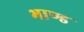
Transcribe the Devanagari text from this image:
भाण्ड